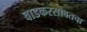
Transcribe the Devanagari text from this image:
वाडकरसोबतचा